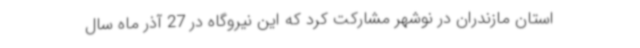
استان مازندران در نوشهر مشارکت کرد که این نیروگاه در 27 آذر ماه سال